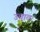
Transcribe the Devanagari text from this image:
उचावः